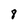
Character: 8